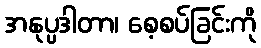
အနုပ္ပဒါတာ၊ စေ့စပ်ခြင်းကို